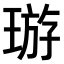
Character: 𤦽